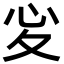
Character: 𢖻